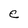
Character: e